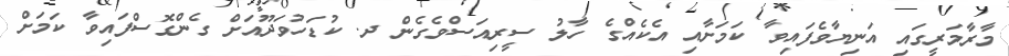
މާރާމަރީގައި އަނިޔާވެފައިވާ ކަމަށާއި އެކެއްގެ ހާލު ސީރިއަސްވެގެން ދ. ކުޑަހުވަދޫއަށް ގެންގޮސްފައިވާ ކަމަށް